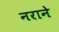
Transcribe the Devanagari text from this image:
नराने